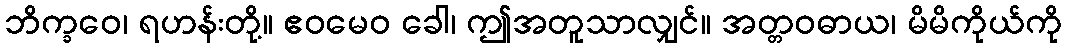
ဘိက္ခဝေ၊ ရဟန်းတို့။ ဧဝမေဝ ခေါ၊ ဤအတူသာလျှင်။ အတ္တဝဓာယ၊ မိမိကိုယ်ကို